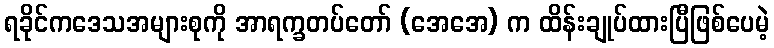
ရခိုင်ကဒေသအများစုကို အာရက္ခတပ်တော် (အေအေ) က ထိန်းချုပ်ထားပြီဖြစ်ပေမဲ့